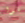
غنوا